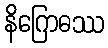
နိဂြောဓဿ